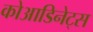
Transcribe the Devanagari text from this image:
कोआडिनेट्स